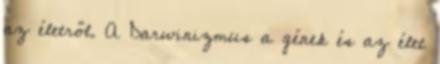
az életről. A Darwinizmus a gének és az élet